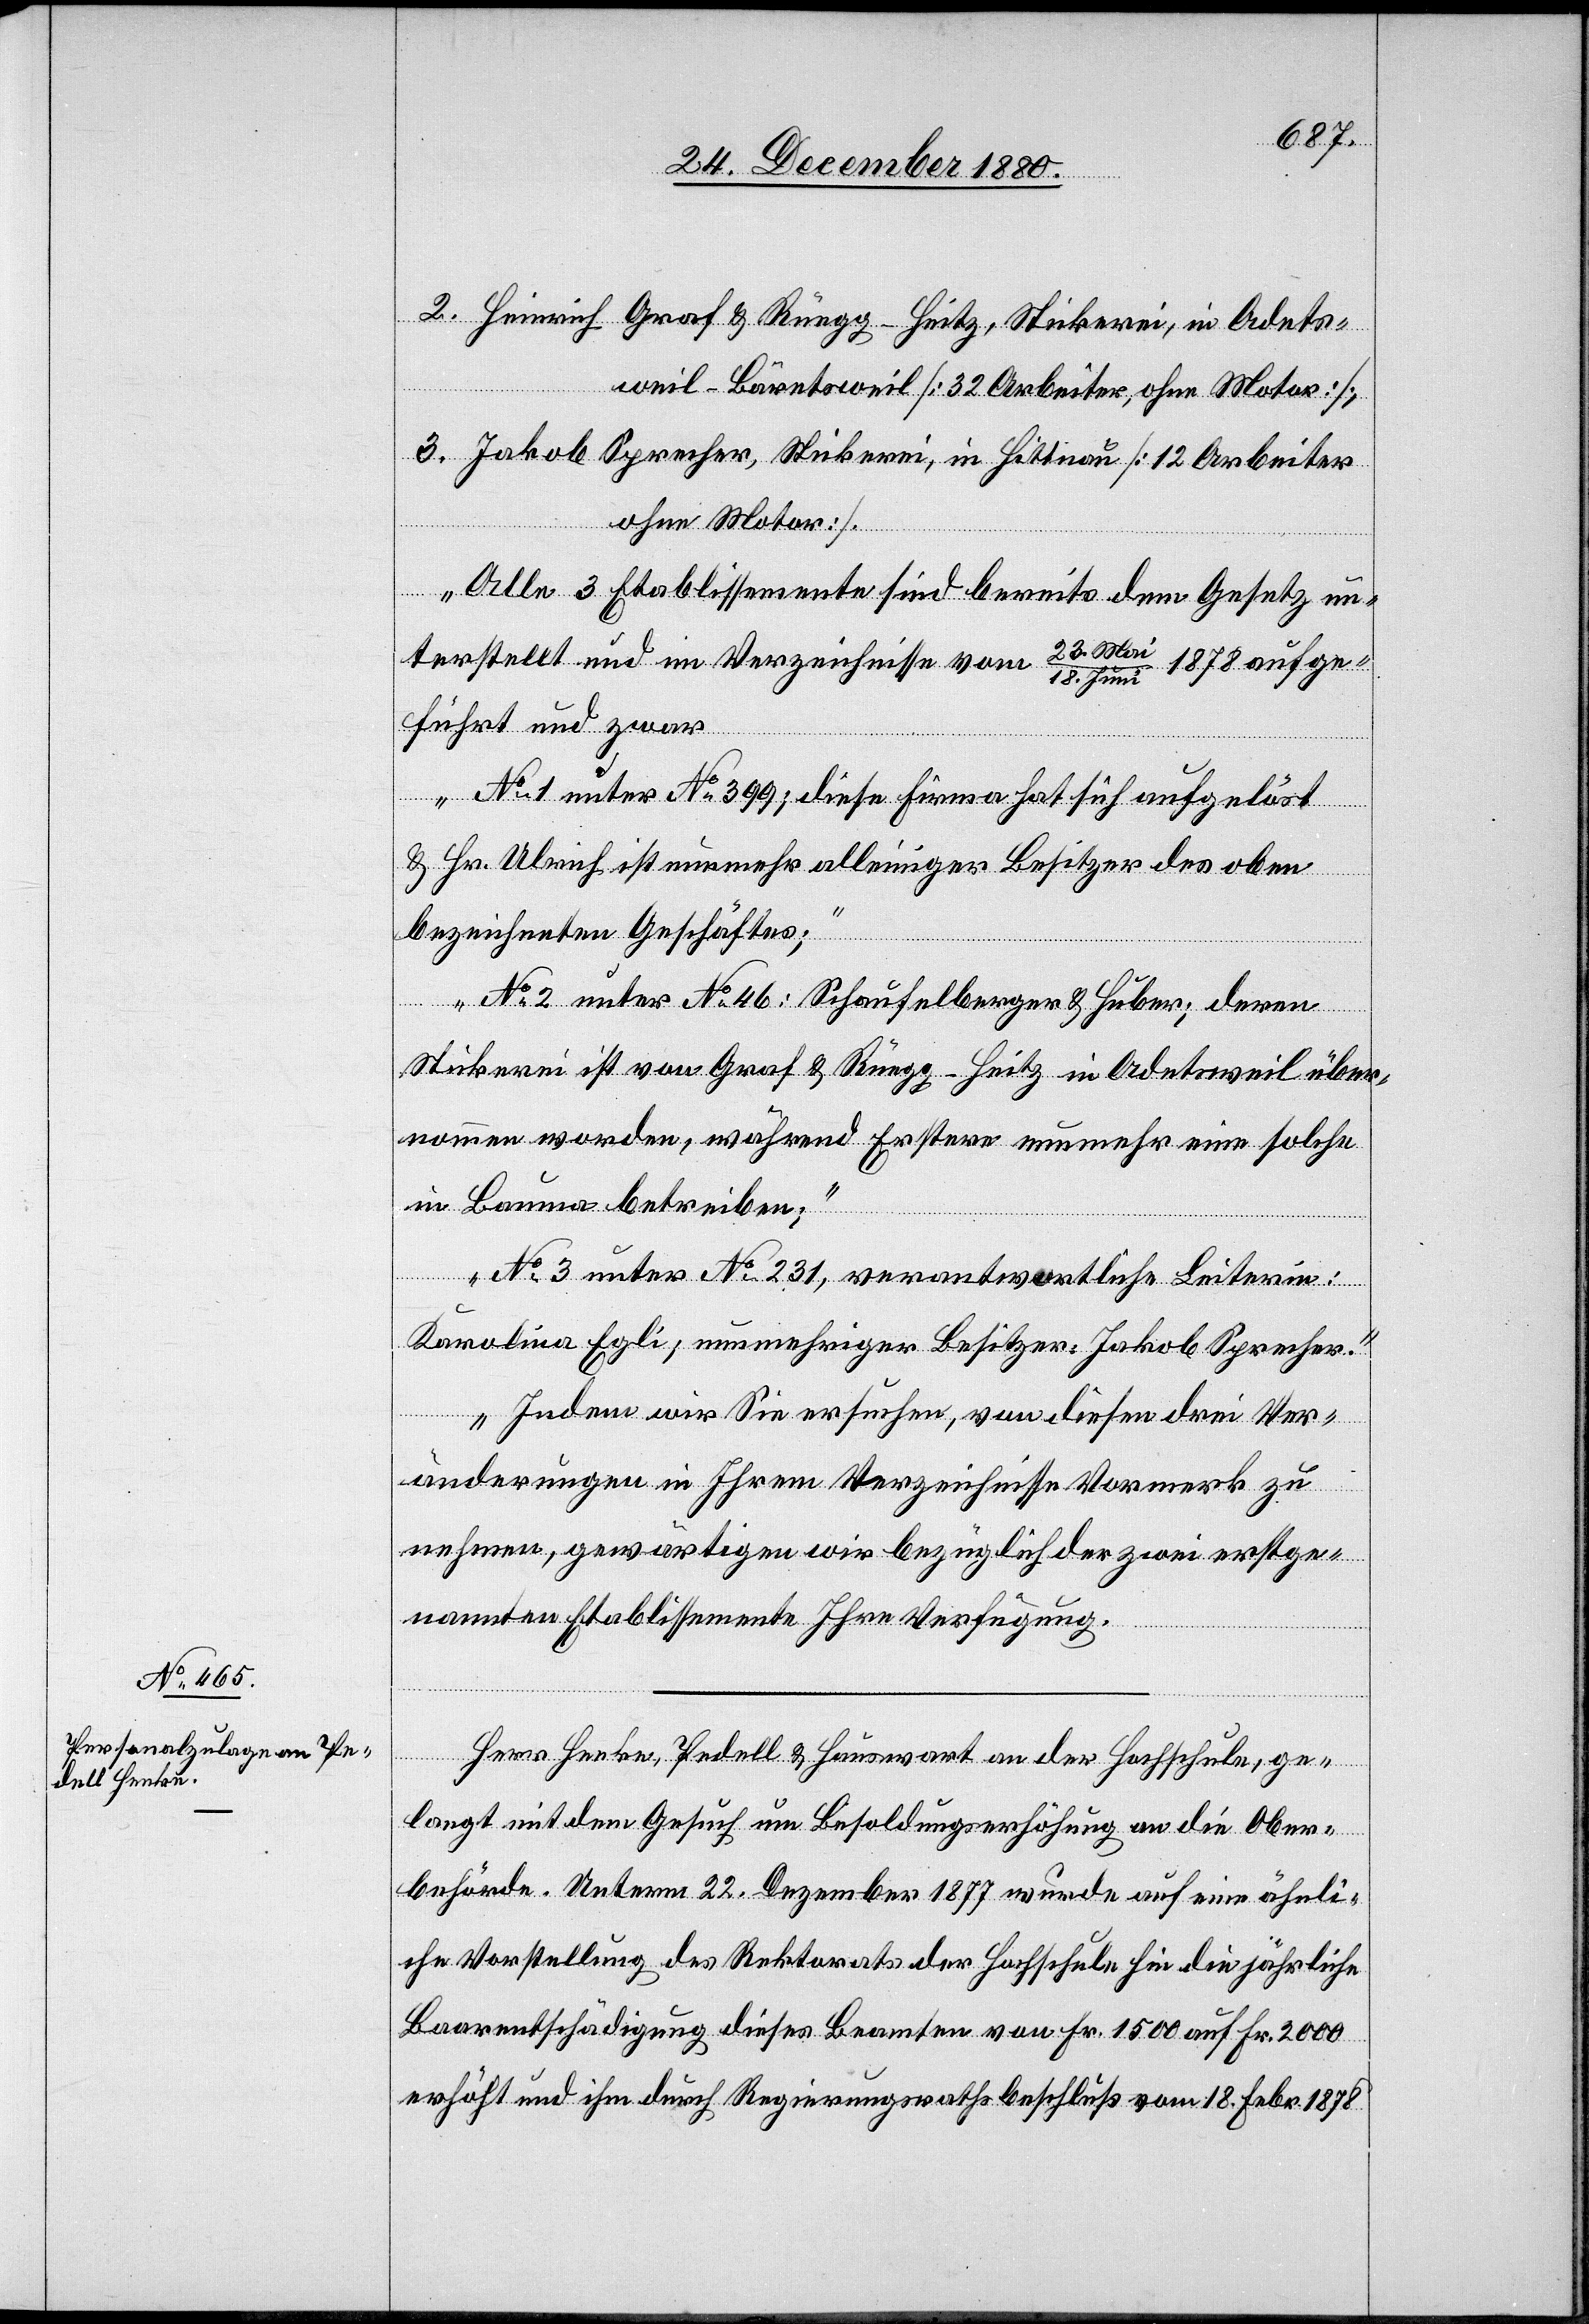
2. Heinrich Graf & Rüegg-Heitz, Stickerei, in Adets¬
weil - Bäretsweil [32 Arbeiter, ohne Motor];
3. Jakob Sprecher, Stickerei, in Hittnau [12 Arbeiter
ohne Motor].
Alle 3 Etablissemente sind bereits dem Gesetz un¬
terstellt und in Verzeichnisse vom 23. Ma¬
1878 aufge¬
i/18. Juni
führt und zwar
No 1 unter No 399; diese Firma hat sich aufgelöst
& Hr. Ulrich ist nunmehr alleiniger Besitzer des oben
bezeichneten Geschäftes;
No 2 unter No 46: Schaufelberger & Huber; deren
Stickerei ist von Graf & Rüegg-Heitz in Adetsweil über¬
nommen worden, während Erstere nunmehr eine solche
in Bauma betreiben.
No 3 unter No 231, verantwortliche Leiterin:
Karolina Egli; nunmehriger Besitzer: Jakob Sprecher.
Indem wir Sie ersuchen, von diesen drei Ver¬
änderungen in Ihrem Verzeichnisse Vormerk zu
nehmen, gewärtigen wir bezüglich der zwei erstge¬
nannten Etablissemente Ihre Verfügung.“
Herr Henke, Pedell & Hauswart an der Hochschule, ge¬
langt mit dem Gesuch um Besoldungserhöhung an die Ober¬
behörde. Unterm 22. Dezember 1877 wurde auf eine ähnli¬
che Vorstellung des Rektorates der Hochschule hin die jährliche
Baarentschädigung dieses Beamten von Fr. 1500 auf Fr. 2000
erhöht und ihm durch Regierungsrathsbeschluß vom 18. Febr. 1878